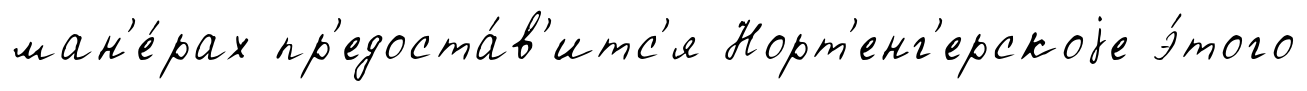
ман'е́рах пр'едоста́в'итс'я Норт'енг'ерскоjе э́того